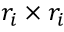
r _ { i } \times r _ { i }